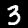
Digit: 3